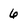
Character: 6